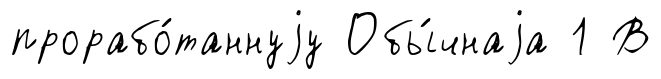
прорабо́таннуjу Обы́чнаjа 1 В